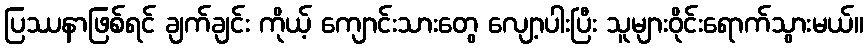
ပြဿနာဖြစ်ရင် ချက်ချင်း ကိုယ့် ကျောင်းသားတွေ လျော့ပါးပြီး သူများဝိုင်းရောက်သွားမယ်။